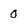
Character: 0